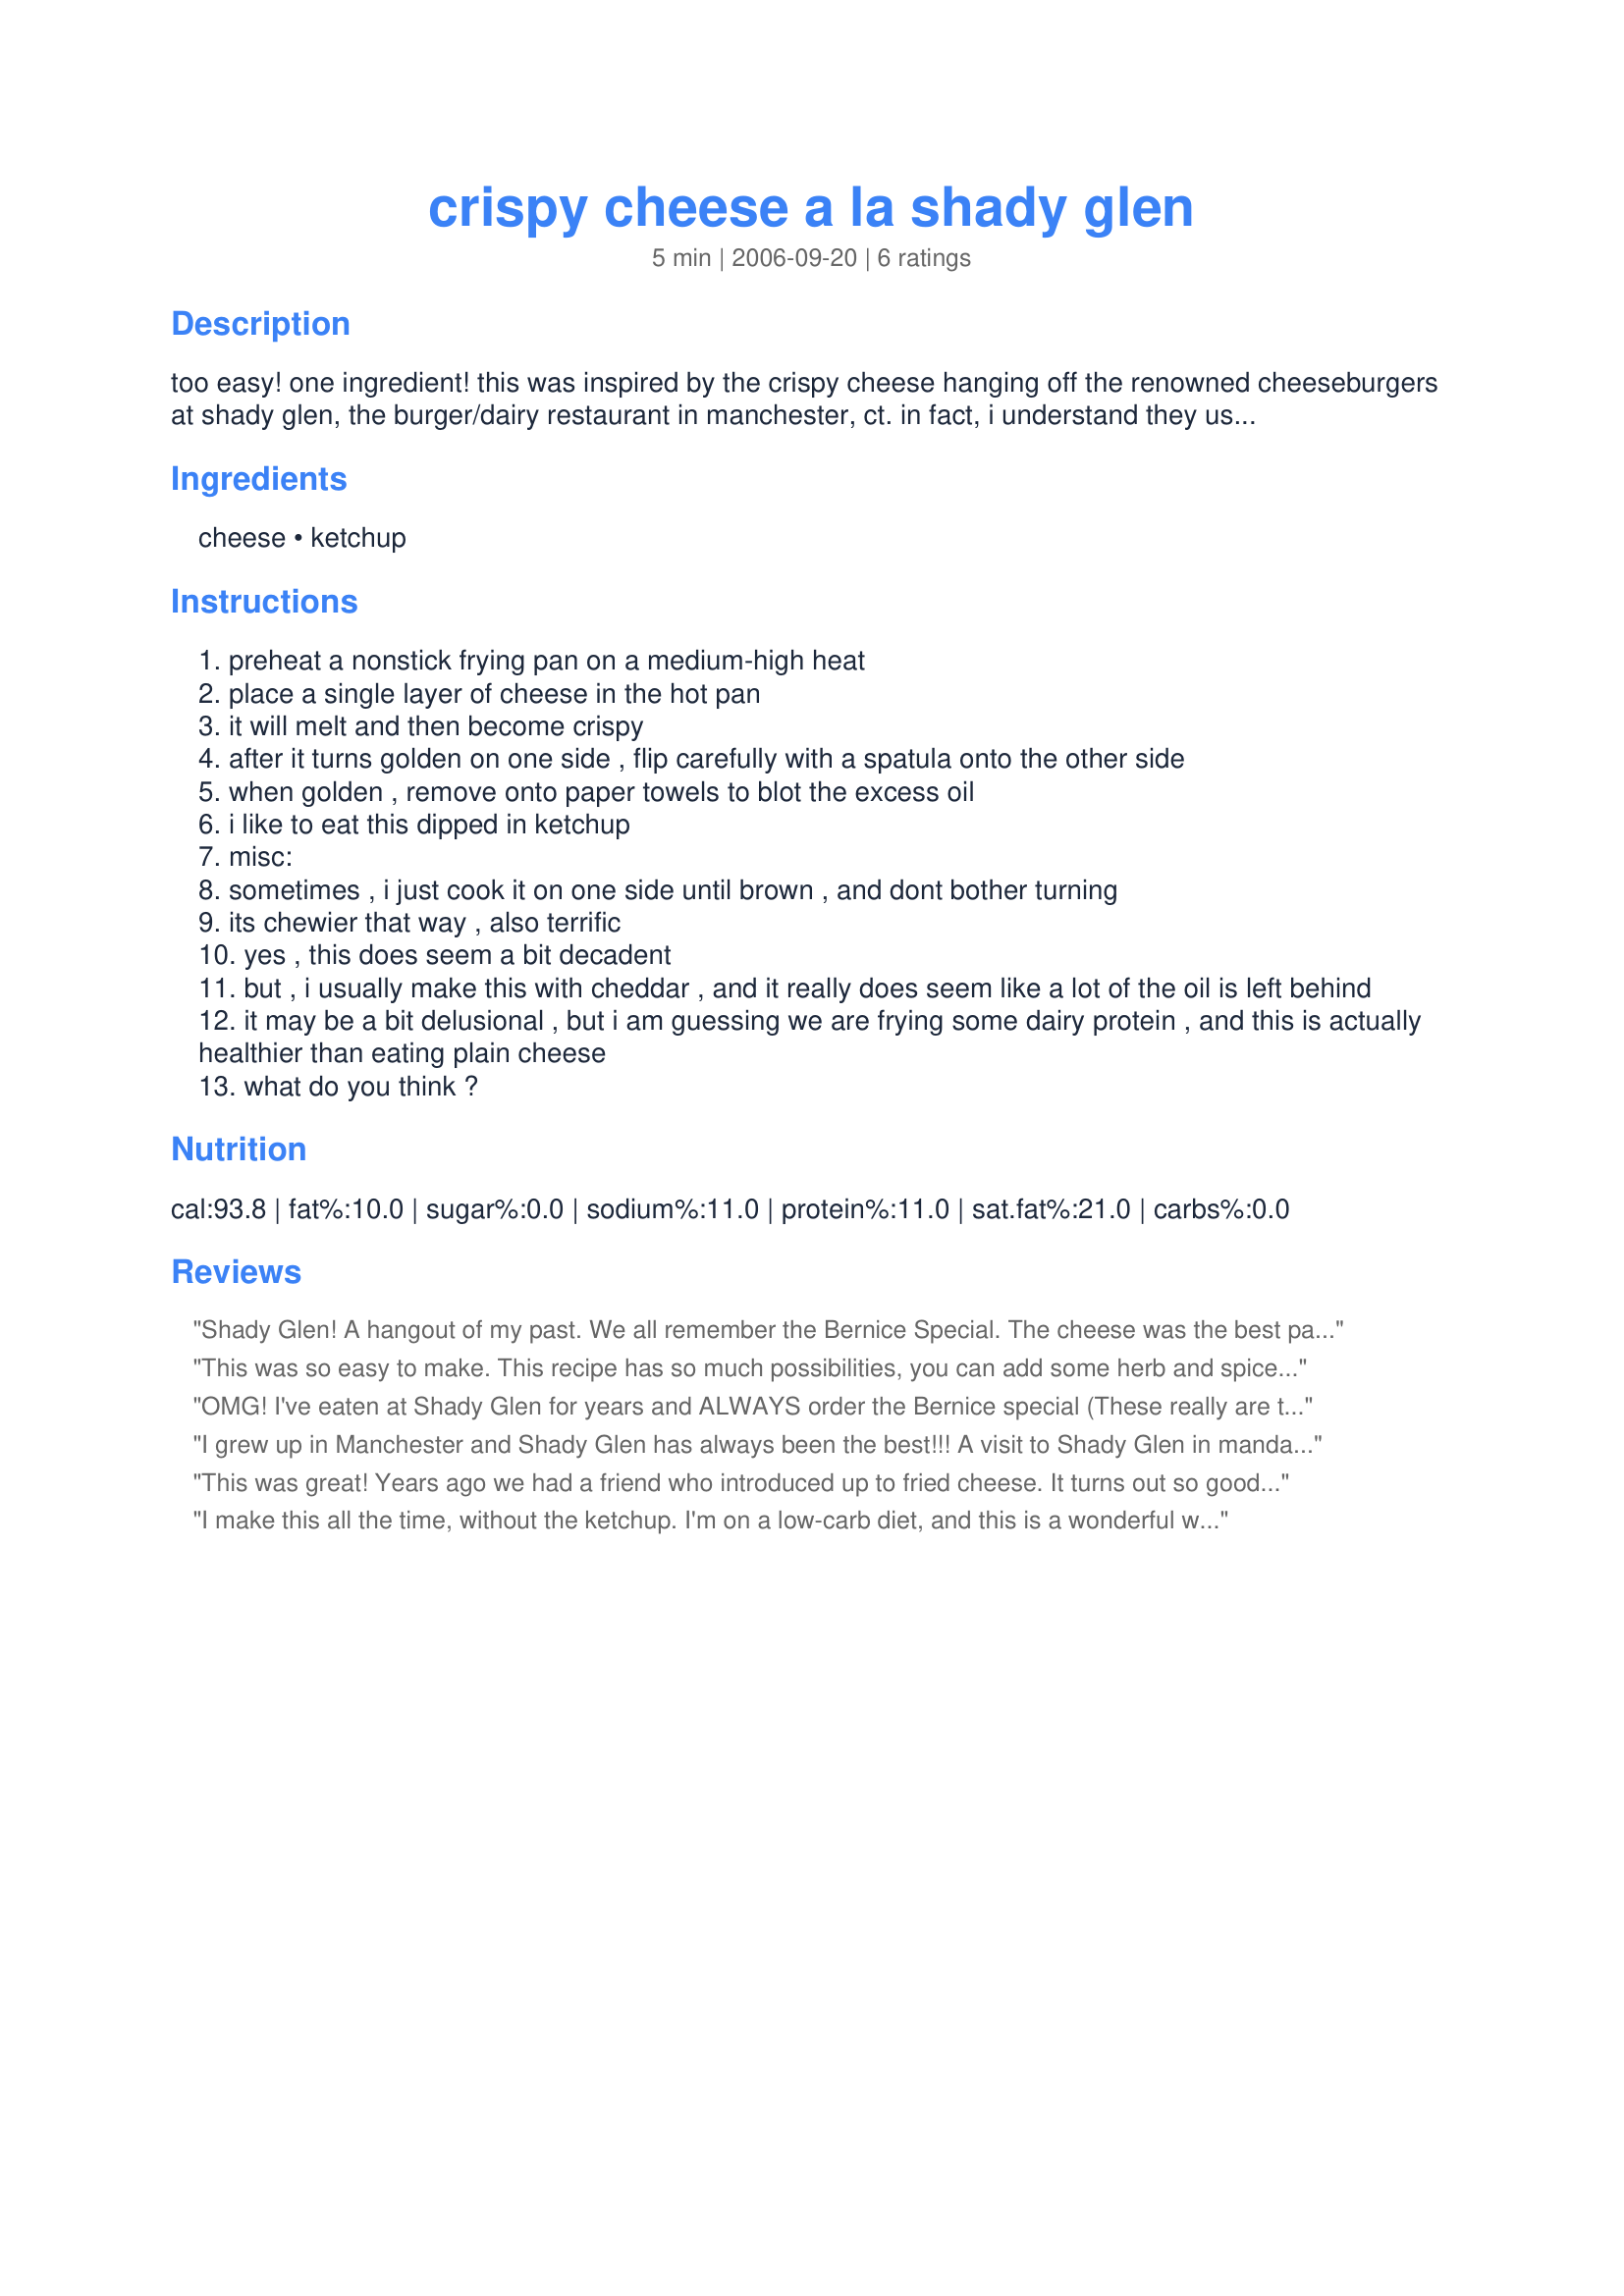
crispy cheese a la shady glen
Preparation time: 5 minutes

too easy! one ingredient! this was inspired by the crispy cheese hanging off the renowned cheeseburgers at shady glen, the burger/dairy restaurant in manchester, ct. in fact, i understand they used to sell just a basket of crispy cheese. i like to snack on it, but it would also make a terrific garnish for fancier soups, salads, etc. i have done this with cheddar (my favorite), jack, parmesan and american, all with good results. on the one hand, it seems to be one of those “guilty pleasures.” on the other hand – read the last cooking note at the bottom...

added note: although i was inspired by shady glen, i just found out the italians have been doing this for years, and it is called "frico". some versions are baked, and it can be molded while warm, say to make a dish to hold olives, or to eat like a taco or tortilla, or it can be used to garnish fancy salads and more.

Ingredients:
cheese, ketchup

Steps:
preheat a nonstick frying pan on a medium-high heat
place a single layer of cheese in the hot pan
it will melt and then become crispy
after it turns golden on one side , flip carefully with a spatula onto the other side
when golden , remove onto paper towels to blot the excess oil
i like to eat this dipped in ketchup
misc:
sometimes , i just cook it on one side until brown , and dont bother turning
its chewier that way , also terrific
yes , this does seem a bit decadent
but , i usually make this with cheddar , and it really does seem like a lot of the oil is left behind
it may be a bit delusional , but i am guessing we are frying some dairy protein , and this is actually healthier than eating plain cheese
what do you think ?

Reviews:
Shady Glen! A hangout of my past. We all remember the Bernice Special. The cheese was the best part. Don't forget their fantastic ice cream either. I haven't been home in 10 years but will be there this summer. I will have to make certain to hit Shady Glen again!
This was so easy to make. This recipe has so much possibilities, you can add some herb and spices, with the grated cheese. I used grated Australian Tasty Cheese (Cheddar) and moulded it into a small bowl. While it was hot I carefully placed cheese in a small bowl and then put another small bowl on top of it making a little bowl shape. It held the olives perfectly thank you for the suggested. Thank you for your post Dorie's Lori
OMG! I've eaten at Shady Glen for years and ALWAYS order the Bernice special (These really are the best cheeseburgers in the world). My kids have grown up on them. There's just something about that almost burned cheese sticking out on all side of the bun...makes me want to run into Manchester and order one tonight! Thanks Lori for sharing how to make this yummy cheese at home.
I grew up in Manchester and Shady Glen has always been the best!!!
A visit to Shady Glen in mandatory on each trip back from MI!!!
This was great!
Years ago we had a friend who introduced up to fried cheese. It turns out so good.I made it Friolani cheese.Thanks for posting this recipe from our past.
Sage/Rita
I make this all the time, without the ketchup. I'm on a low-carb diet, and this is a wonderful way to make you think you are eating crackers. I also do this in the microwave, just let it bubble away on a parchment paper covered plate until it browns.
